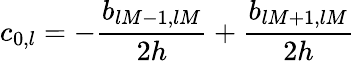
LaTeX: c_{0,l}=-\frac{b_{lM-1,lM}}{2h}+\frac{b_{lM+1,lM}}{2h}